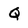
Character: Q